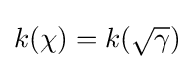
k(\chi )=k({\sqrt {\gamma }})